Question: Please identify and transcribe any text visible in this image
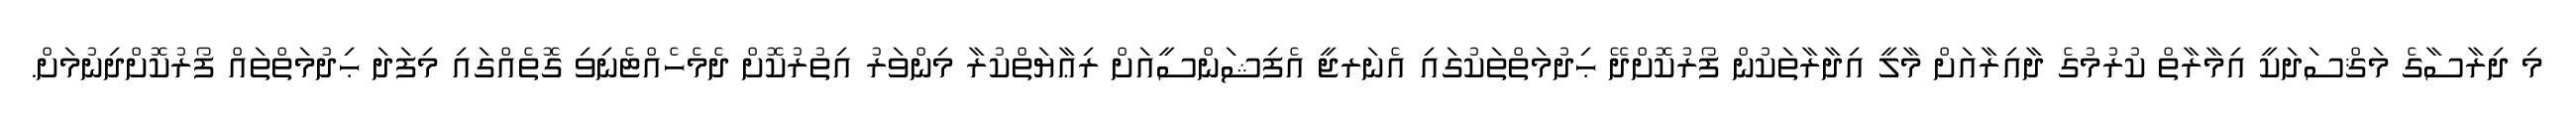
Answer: މި ދިރާސާގެ މަޤްސަދަކީ އިމާރާތް ކުރުމުގެ ދާއިރާއަށް މާލީ އިދާރާތަކުން ފޯރުކޮށްދޭ ޙިދުމަތްތަކުގައި އެނަރޖީ އެފިޝަންސީއަށް ރިޢާޔަތްކުރާ މިންވަރު އިތުރުކޮށް ދެމެހެއްޓެނިވި ގޮތެއްގައި މިފަދަ ޙިދުމަތްތައް ފޯރުކޮށްދިނުމަށް.